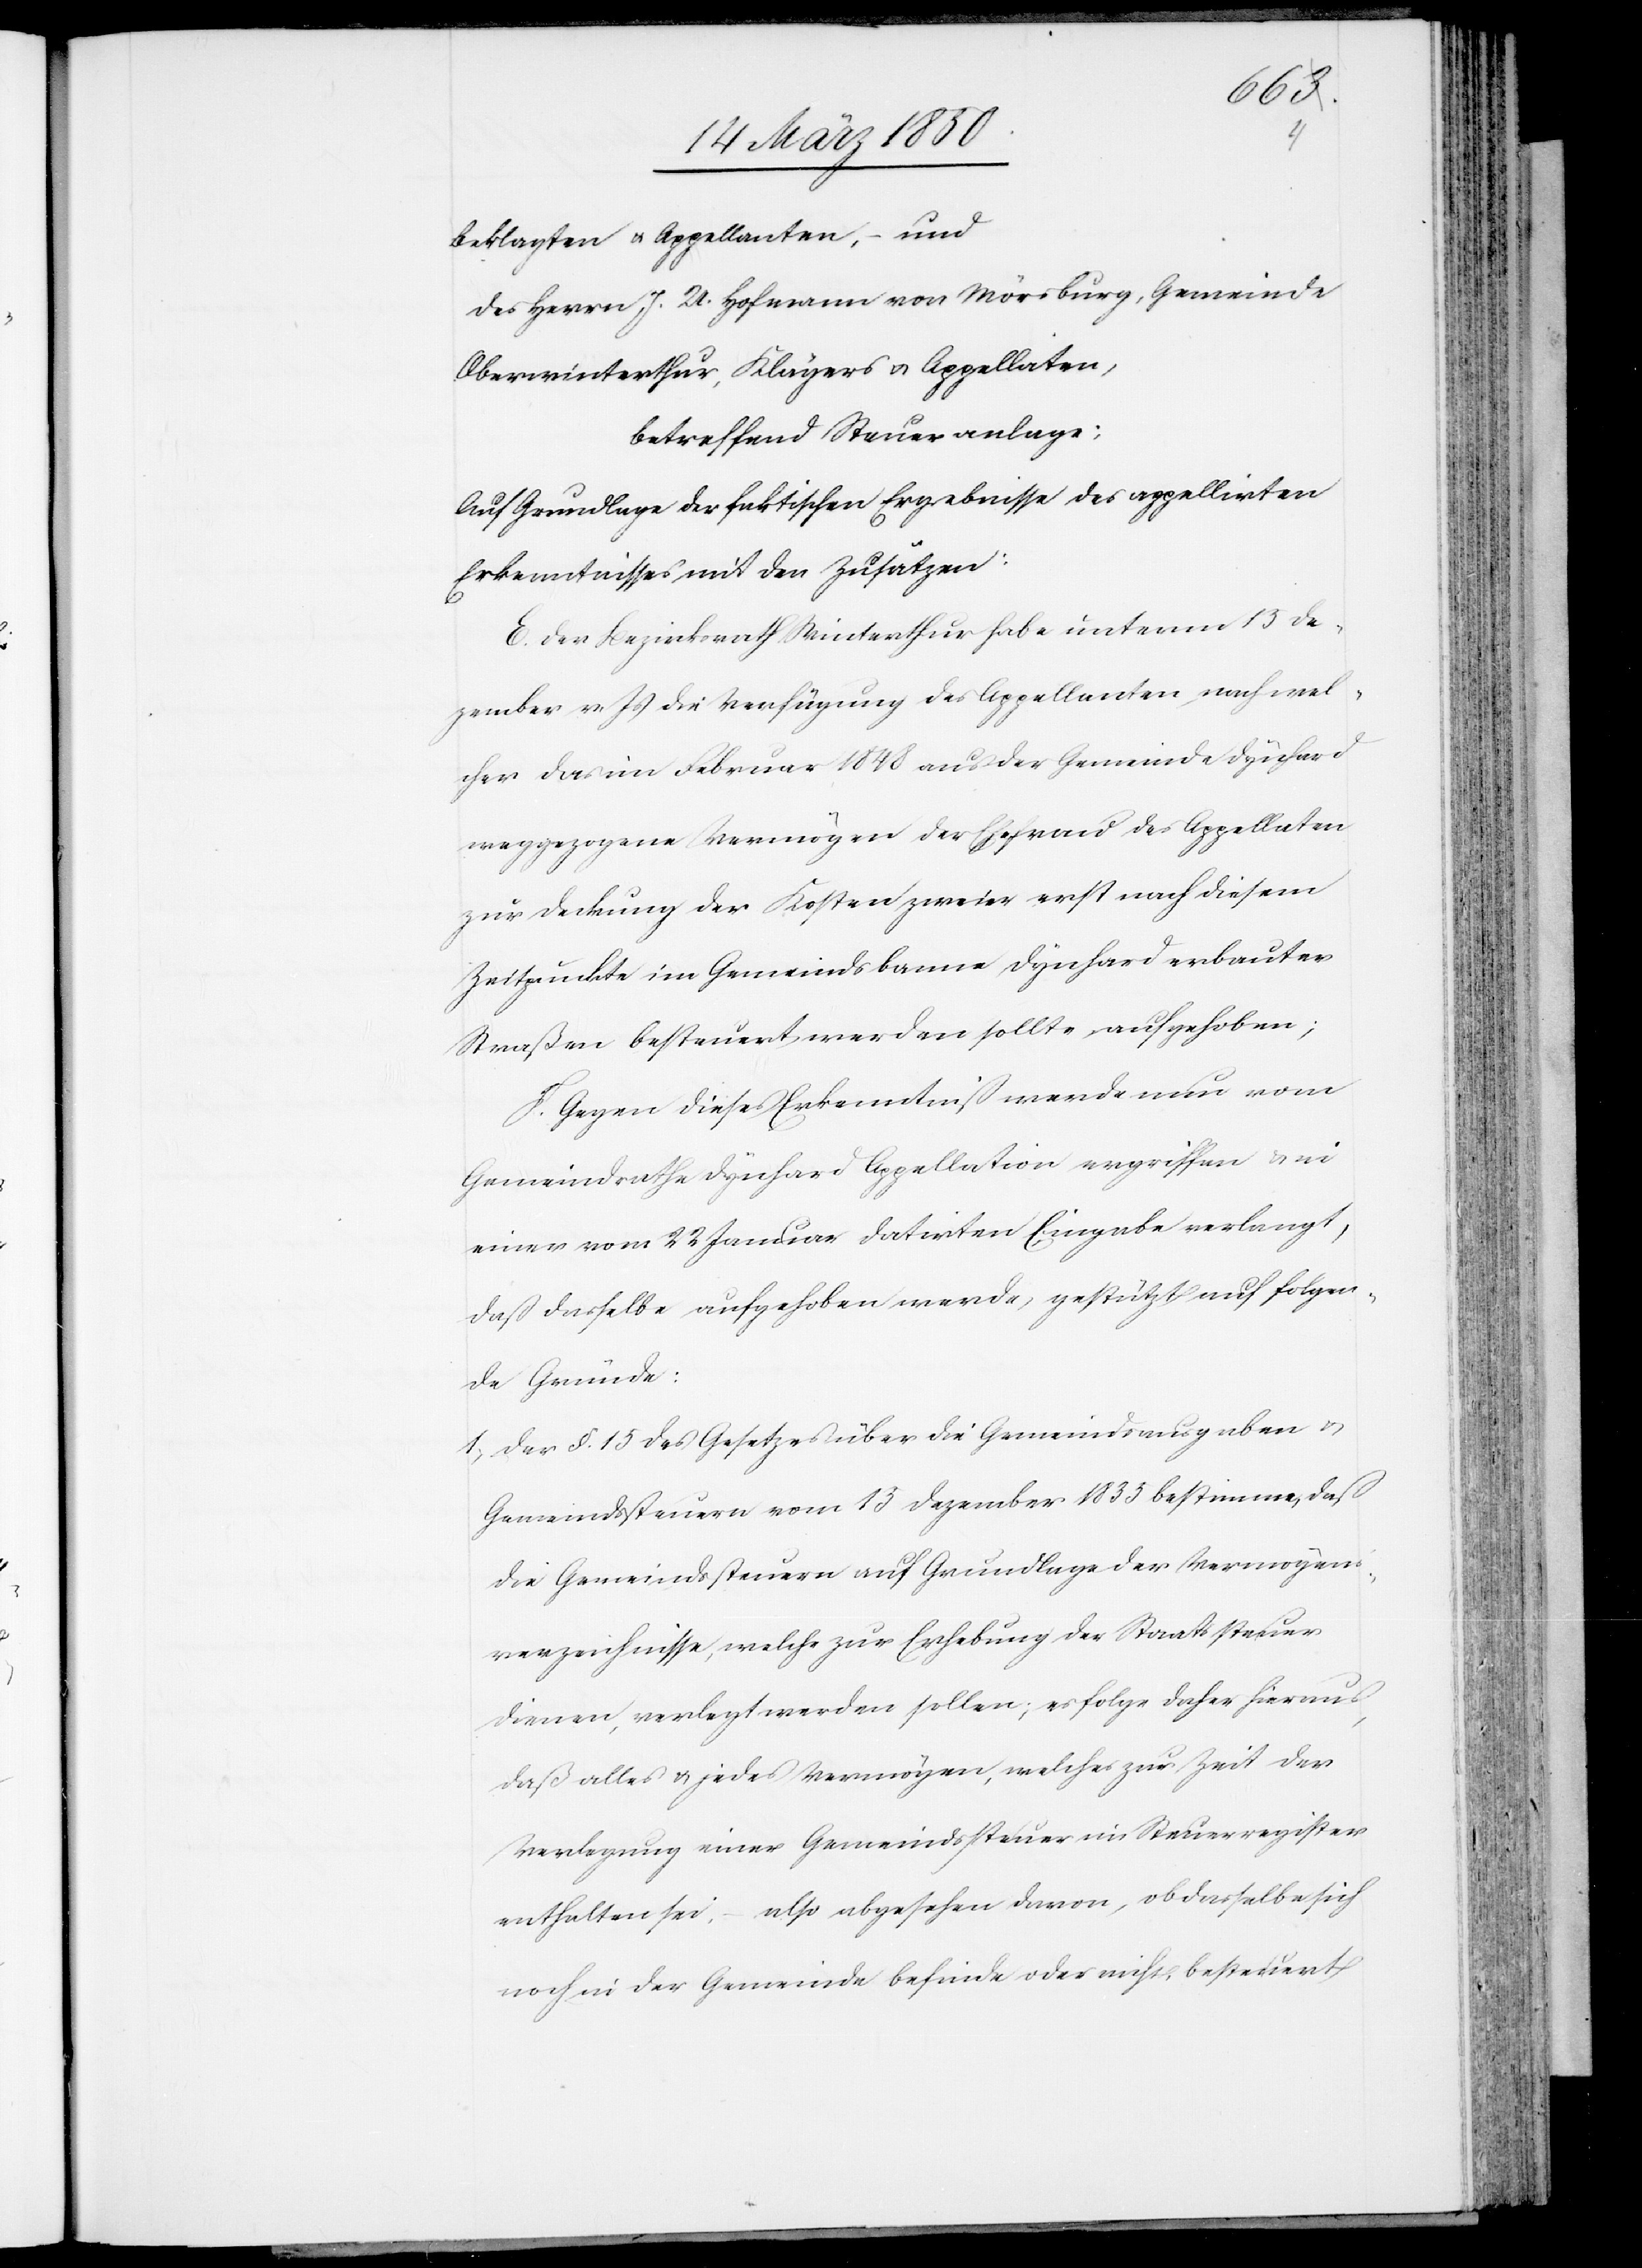
Beklagten u. Appellanten, – und
des Herrn J. U. Hofmann von Mörsburg, Gemeinde
Oberwinterthur, Klägers u. Appellaten,
betreffend Steueranlage:
Auf Grundlage der faktischen Ergebnisse des appellirten
Erkenntnisses mit den Zusätzen:
E. Der Bezirksrath Winterthur habe unterm 13 De¬
zember v. Js die Verfügung des Appellanten, nach wel¬
cher das im Februar 1848 aus der Gemeinde Dynhard
weggezogene Vermögen der Ehefrau des Appellaten
zur Deckung der Kosten zweier erst nach diesem
Zeitpunkte im Gemeindsbanne Dynhard erbauter
Straßen besteuert werden sollte, aufgehoben;
F. Gegen dieses Erkenntniß werde nun vom
Gemeindrathe Dynhard Appellation ergriffen u. in
einer vom 22 Januar datirten Eingabe verlangt,
daß dasselbe aufgehoben werde, gestützt auf folgen¬
de Gründe:
1, der §. 15 des Gesetzes über die Gemeindsausgaben u.
Gemeindssteuern vom 13 Dezember 1835 bestimme, daß
die Gemeindssteuern auf Grundlage der Vermögens¬
verzeichnisse, welche zur Erhebung der Staatssteuer
dienen, verlegt werden sollen; es folge daher hieraus,
daß alles u. jedes Vermögen, welches zur Zeit der
Verlegung einer Gemeindssteuer im Steuerregister
enthalten sei, – also abgesehen davon, ob dasselbe sich
noch in der Gemeinde befinde oder nicht, besteuert